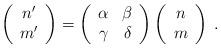
LaTeX: \begin{align*}\left(\begin{array}{c}n^{\prime} \\m^{\prime} \\\end{array}\right)=\left(\begin{array}{cc}\alpha & \beta \\\gamma & \delta \\\end{array}\right)\left(\begin{array}{c}n \\m \\\end{array}\right)\; .\end{align*}